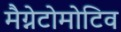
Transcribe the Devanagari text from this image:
मैग्नेटोमोटिव